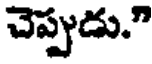
చెప్పుడు."